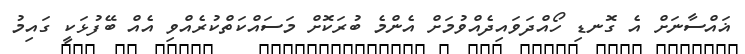
ޣައްސާނަށް އެ ގޮނޑި ހޯއްދަވައިދެއްވުމަށް އެންމެ ބުރަކޮށް މަސައްކަތްކުރެއްވި އެއް ބޭފުޅަކީ ގައިމު